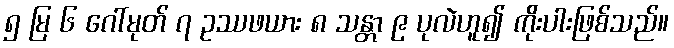
၅ မြ ၆ ဂေါ်မုတ် ၇ ဥဿဖယား ၈ သန္တာ ၉ ပုလဲဟူ၍ ကိုးပါးဖြစ်သည်။